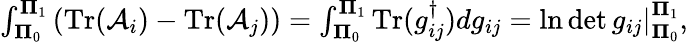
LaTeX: \begin{array}{r}{\int_{\mathbf\Pi_{0}}^{\mathbf\Pi_{1}}\left(\mathrm{Tr}(\mathcal{A}_{i})-\mathrm{Tr}(\mathcal{A}_{j})\right)=\int_{\mathbf\Pi_{0}}^{\mathbf\Pi_{1}}\mathrm{Tr}(g_{ij}^{\dagger})dg_{ij}=\left.\ln\operatorname*{det}g_{ij}\right|_{\mathbf\Pi_{0}}^{\mathbf\Pi_{1}},}\end{array}